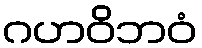
ဂဟဝိဘဝံ